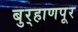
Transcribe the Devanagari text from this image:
बुर्‍हाणपूर